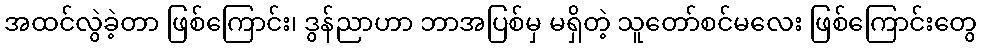
အထင်လွဲခဲ့တာ ဖြစ်ကြောင်း၊ ဒွန်ညာဟာ ဘာအပြစ်မှ မရှိတဲ့ သူတော်စင်မလေး ဖြစ်ကြောင်းတွေ